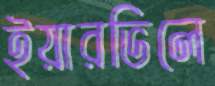
ইয়ারভিলে